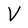
Character: V